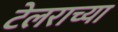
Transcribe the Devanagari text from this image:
टेलराच्या